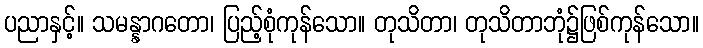
ပညာနှင့်။ သမန္နာဂတော၊ ပြည့်စုံကုန်သော။ တုသိတာ၊ တုသိတာဘုံ၌ဖြစ်ကုန်သော။